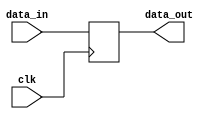
`timescale 1ns / 1ps
//////////////////////////////////////////////////////////////////////////////////
// Company: 
// Engineer: 
// 
// Design Name: 
// Module Name:    D_ff_18 
// Project Name: 
// Target Devices: 
// Tool versions: 
// Description: 
//
// Dependencies: 
//
// Revision: 
// Revision 0.01 - File Created
// Additional Comments: 
//
//////////////////////////////////////////////////////////////////////////////////
module D_ff_18(
    input [19:0] data_in,
    input clk,
    output reg [19:0] data_out
    );

	 
always @ (posedge clk)
begin
	 data_out <= data_in;
end

endmodule